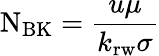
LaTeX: \mathrm{N}_{\mathrm{BK}}={\frac{u\mu}{k_{\mathrm{rw}}\sigma}}